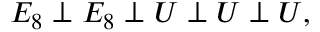
E _ { 8 } \perp E _ { 8 } \perp { \cal U } \perp { \cal U } \perp { \cal U } ,